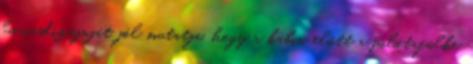
luxusdizájnját jól mutatja, hogy a kabin előtt a pilótafülke